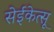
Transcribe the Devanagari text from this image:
सेईकेत्सू